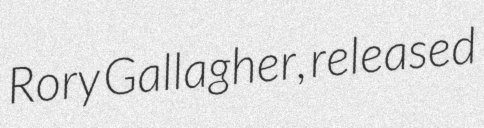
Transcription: Rory Gallagher, released